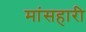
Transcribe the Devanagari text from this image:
मांसहारी